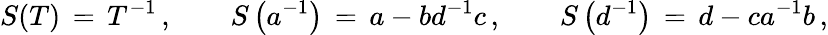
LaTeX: S(T)\, =\, T^{-1}\, ,\qquad S\left(a^{-1}\right)\, =\, a-bd^{-1}c\, ,\qquad S\left(d^{-1}\right)\, =\, d-ca^{-1}b\, ,